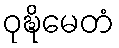
ဝုဍ္ဎိမေတံ